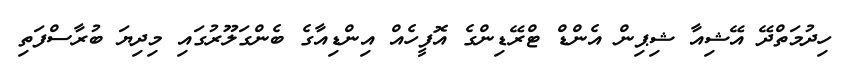
ހިދުމަތްދޭ އޭޝިއާ ޝިޕިން އެންޑް ޓްރޭޑިންގެ އޮފީހެއް އިންޑިއާގެ ބެންގަލޫރުގައި މިދިޔަ ބުރާސްފަތި